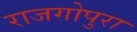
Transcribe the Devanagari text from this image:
राजगोपुरा